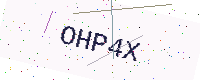
Text: OHP4X